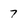
Character: 7